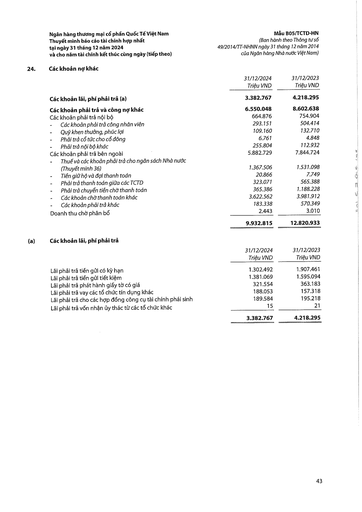
||31/12/2024 Triệu VND|31/12/2023 Triệu VND| |---|---|---| |Các khoản lãi, phí phải trả (a)|3.382.767|4.218.295| |Các khoản phải trả và công nợ khác|6.550.048|8.602.638| |Các khoản phải trả nội bộ|664.876|754.904| |- Các khoản phải trả công nhân viên|293.151|504.414| |- Quỹ khen thưởng, phúc lợi|109.160|132.710| |- Phải trả cổ tức cho cổ đông|6.761|4.848| |- Phải trả nội bộ khác|255.804|112.932| |Các khoản phải trả bên ngoài|5.882.729|7.844.724| |- Thuế và các khoản phải trả cho ngân sách Nhà nước (Thuyết minh 36)|1.367.506|1.531.098| |- Tiền gửi hộ và đòi thanh toán|20.866|7.749| |- Phải trả thanh toán giữa các TCTD|323.071|565.388| |- Phải trả chuyển tiền chờ thanh toán|365.386|1.188.228| |- Các khoản chờ thanh toán khác|3.622.562|3.981.912| |- Các khoản phải trả khác|183.338|570.349| |Doanh thu chưa phân bổ|2.443|3.010| ||9.932.815|12.820.933| ||31/12/2024 Triệu VND|31/12/2023 Triệu VND| |---|---|---| |Lãi phải trả tiền gửi có kỳ hạn|1.302.492|1.907.461| |Lãi phải trả tiền gửi tiết kiệm|1.381.069|1.595.094| |Lãi phải trả phát hành giấy tờ có giá|321.554|363.183| |Lãi phải trả vay các tổ chức tín dụng khác|188.053|157.318| |Lãi phải trả cho các hợp đồng công cụ tài chính phái sinh|189.584|195.218| |Lãi phải trả vốn nhận ủy thác từ các tổ chức khác|15|21| ||3.382.767|4.218.295|